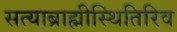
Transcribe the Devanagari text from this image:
सत्याब्राह्मीस्थितिरिव